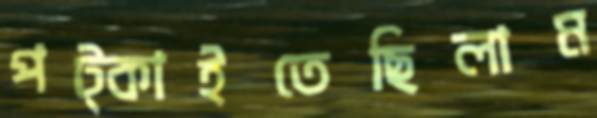
পট্‌কাইতেছিলাম